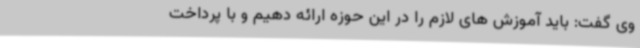
وی گفت: باید آموزش های لازم را در این حوزه ارائه دهیم و با پرداخت